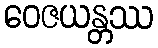
ဝေဇယန္တဿ